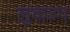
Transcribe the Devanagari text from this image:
लुकउप